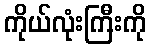
ကိုယ်လုံးကြီးကို